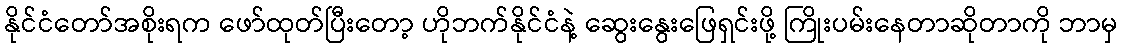
နိုင်ငံတော်အစိုးရက ဖော်ထုတ်ပြီးတော့ ဟိုဘက်နိုင်ငံနဲ့ ဆွေးနွေးဖြေရှင်းဖို့ ကြိုးပမ်းနေတာဆိုတာကို ဘာမှ